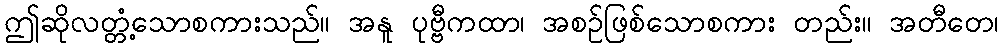
ဤဆိုလတ္တံ့သောစကားသည်။ အနူ ပုဗ္ဗီကထာ၊ အစဉ်ဖြစ်သောစကား တည်း။ အတီတေ၊